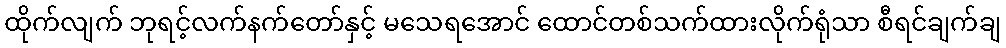
ထိုက်လျက် ဘုရင့်လက်နက်တော်နှင့် မသေရအောင် ထောင်တစ်သက်ထားလိုက်ရုံသာ စီရင်ချက်ချ